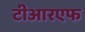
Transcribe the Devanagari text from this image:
टीआरएफ